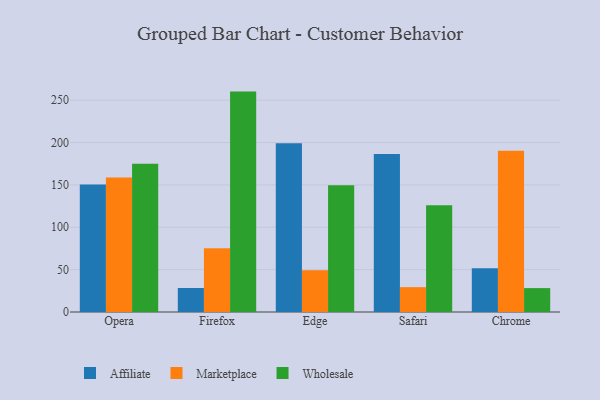
{"axis": {"x": "Browser", "y": "Customer Acquisition Cost (USD)"}, "legend": ["Affiliate", "Marketplace", "Wholesale"], "data": [{"x": "Opera", "y": 150.5, "type": "Affiliate"}, {"x": "Opera", "y": 158.6, "type": "Marketplace"}, {"x": "Opera", "y": 175.0, "type": "Wholesale"}, {"x": "Firefox", "y": 28.3, "type": "Affiliate"}, {"x": "Firefox", "y": 75.1, "type": "Marketplace"}, {"x": "Firefox", "y": 260.1, "type": "Wholesale"}, {"x": "Edge", "y": 199.1, "type": "Affiliate"}, {"x": "Edge", "y": 49.3, "type": "Marketplace"}, {"x": "Edge", "y": 149.7, "type": "Wholesale"}, {"x": "Safari", "y": 186.5, "type": "Affiliate"}, {"x": "Safari", "y": 29.3, "type": "Marketplace"}, {"x": "Safari", "y": 126.0, "type": "Wholesale"}, {"x": "Chrome", "y": 51.7, "type": "Affiliate"}, {"x": "Chrome", "y": 190.2, "type": "Marketplace"}, {"x": "Chrome", "y": 28.2, "type": "Wholesale"}]}